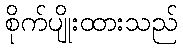
စိုက်ပျိုးထားသည်